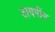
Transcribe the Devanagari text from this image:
टायपींग